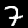
Label: 7